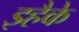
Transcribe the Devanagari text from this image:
इहैके